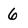
Character: 6